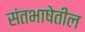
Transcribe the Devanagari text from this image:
संतभाषेतील